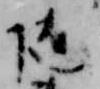
随